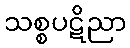
သစ္စပဋိညာ